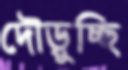
দৌড়ুচ্ছি